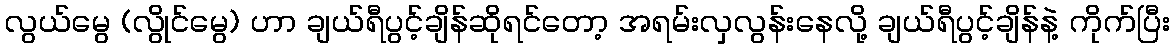
လွယ်မွေ (လွိုင်မွေ) ဟာ ချယ်ရီပွင့်ချိန်ဆိုရင်တော့ အရမ်းလှလွန်းနေလို့ ချယ်ရီပွင့်ချိန်နဲ့ ကိုက်ပြီး